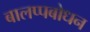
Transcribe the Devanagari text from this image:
बालप्पबोधन